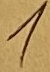
Text: 1